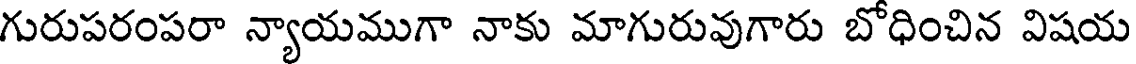
గురుపరంపరా న్యాయముగా నాకు మాగురువుగారు బోధించిన విషయ